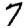
Digit: 7